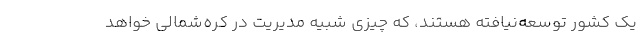
يك كشور توسعه‌نيافته هستند، كه چيزي شبيه مديريت در كره‌شمالي خواهد